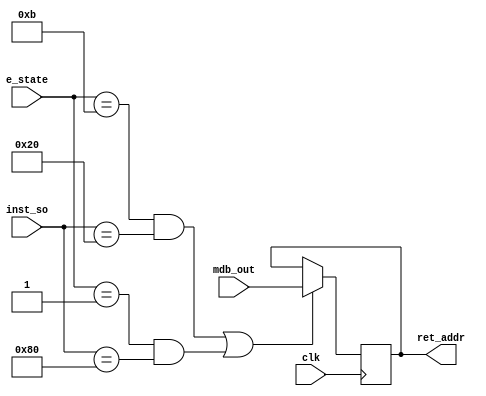
module return_address_tracker(
// Inputs//////////
    clk,
    inst_so,
    e_state,
    mdb_out,
    
// Outputs /////////
    ret_addr
);

input clk;
input [7:0]   inst_so;
input [3:0]   e_state;
input [15:0]  mdb_out;

output [15:0] ret_addr;

// UCC States //////////////////////
parameter CALL_STATE = 4'hB;
parameter IRQ_STATE = 4'h1;
parameter CALL_INST = 8'h20;
parameter IRQ_INST = 8'h80;
///////////////////////////////////

reg [15:0] addr;
initial
begin 
    addr = 16'h0000;
end

always @(posedge clk)
begin 
    if ((e_state == CALL_STATE && inst_so == CALL_INST) | (e_state == IRQ_STATE && inst_so == IRQ_INST))
        addr <= mdb_out;
    else
        addr <= addr;
end

assign ret_addr = addr;
endmodule